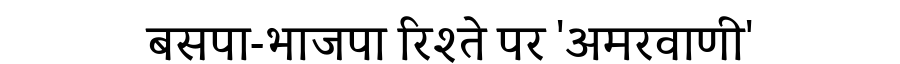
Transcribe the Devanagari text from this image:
बसपा-भाजपा रिश्ते पर 'अमरवाणी'